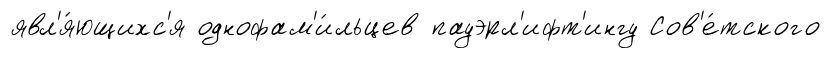
явл'я́ющихс'я однофам'и́льцев пауэрл'ифт'ингу Сов'е́тского